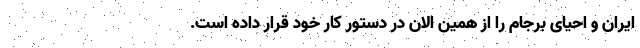
ایران و احیای برجام را از همین الان در دستور کار خود قرار داده است.